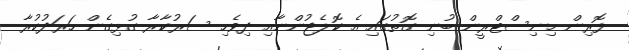
ފޮރިން މިނިސްޓްރީން ބުނި ގޮތުގައި އެ ކޮލެޖުންނާއި ދިވެހި ސަރުކާރާ ގުޅިގެން ހަރަދުކުރާ